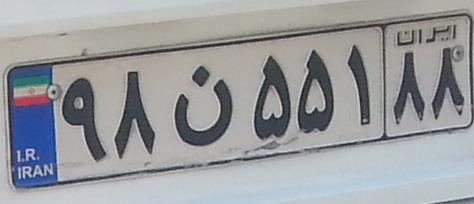
۹۸ن۵۵۱۸۸